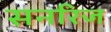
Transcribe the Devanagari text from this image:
सनरिज